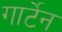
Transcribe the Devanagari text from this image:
गार्टेन